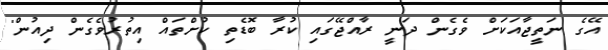
އޭގެ ނަތީޖާއަކަށް ވެގެން ދަނީ ރާއްޖޭގައި ކުރާ ބޮޑެތި ކުށްތައް އިތުރުވެގެން ދިއުން"